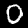
Label: 0